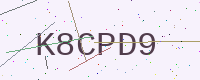
Text: K8CPD9